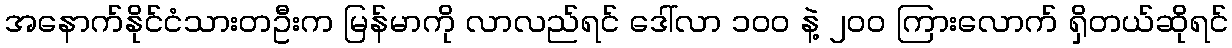
အနောက်နိုင်ငံသားတဦးက မြန်မာကို လာလည်ရင် ဒေါ်လာ ၁၀၀ နဲ့ ၂၀၀ ကြားလောက် ရှိတယ်ဆိုရင်